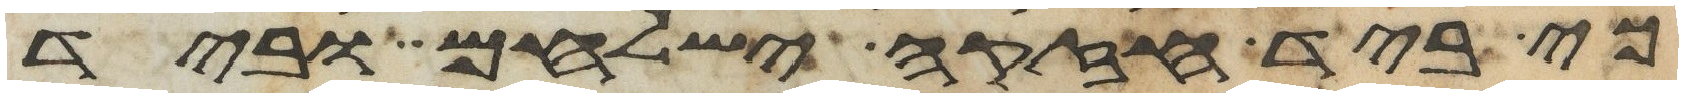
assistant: כי ביד חזקה ישלחם וביד